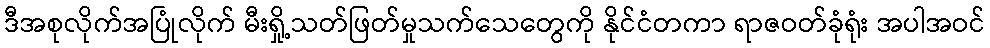
ဒီအစုလိုက်အပြုံလိုက် မီးရှို့သတ်ဖြတ်မှုသက်သေတွေကို နိုင်ငံတကာ ရာဇဝတ်ခုံရုံး အပါအဝင်